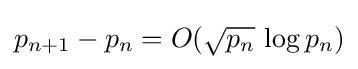
p_{n+1}-p_{n}=O({\sqrt {p_{n}}}\,\log p_{n})